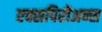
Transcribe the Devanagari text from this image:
एक्सपिरीअन्स